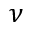
\nu